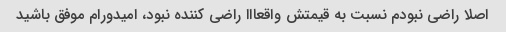
اصلا راضی نبودم نسبت به قیمتش واقعااا راضی کننده نبود، امیدورام موفق باشید